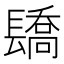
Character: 𨲭